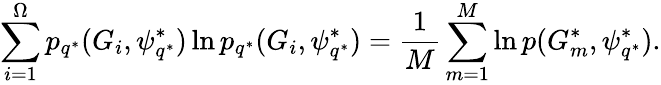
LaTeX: \sum_{i=1}^{\Omega}p_{q^{*}}(G_{i},\psi_{q^{*}}^{*})\ln p_{q^{*}}(G_{i},\psi_{q^{*}}^{*})=\frac{1}{M}\sum_{m=1}^{M}\ln p(G_{m}^{*},\psi_{q^{*}}^{*}).